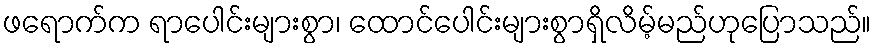
ဖရောက်က ရာပေါင်းများစွာ၊ ထောင်ပေါင်းများစွာရှိလိမ့်မည်ဟုပြောသည်။